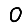
Digit: 0